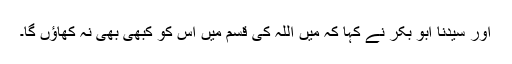
اور سیدنا ابو بکرؓ نے کہا کہ میں اللہ کی قسم میں اس کو کبھی بھی نہ کھاؤں گا۔